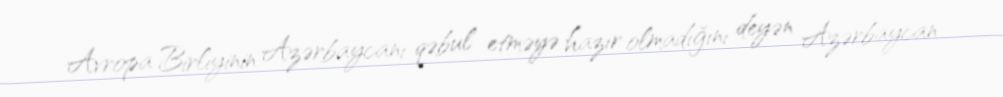
Avropa Birliyinin Azərbaycanı qəbul etməyə hazır olmadığını deyən Azərbaycan